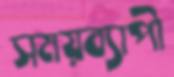
সময়ব্যাপী